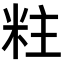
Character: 𮇐